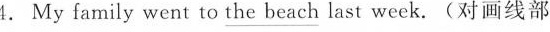
4. My family went to_ the beach last week.(对画线部